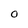
Character: O